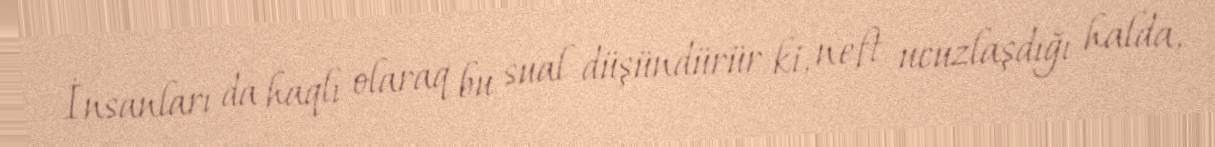
İnsanları da haqlı olaraq bu sual düşündürür ki, neft ucuzlaşdığı halda,